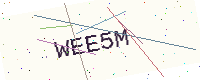
Text: WEE5M